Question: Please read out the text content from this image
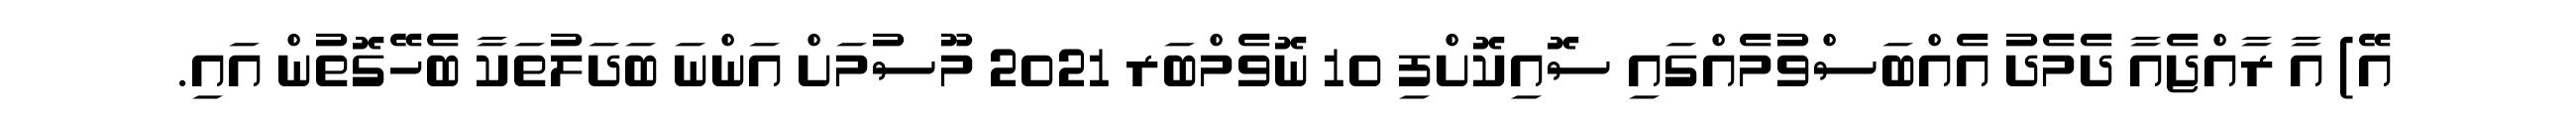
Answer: އޭ) އާ ރާއްޖެއާ ދެމެދު އެއްބަސްވުމެއްގައި ސޮއިކޮށްފި 10 ނޮވެމްބަރ 2021 މޫސުމަށް އަންނަ ބަދަލުތަކާ ބެހޭގޮތުން އައި.